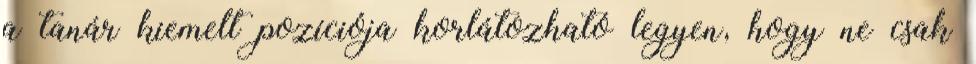
a tanár kiemelt pozíciója korlátozható legyen, hogy ne csak